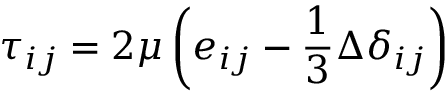
\tau _ { i j } = 2 \mu \left( e _ { i j } - { \frac { 1 } { 3 } } \Delta \delta _ { i j } \right)